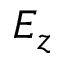
E _ { z }